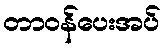
တာဝန်ပေးအပ်